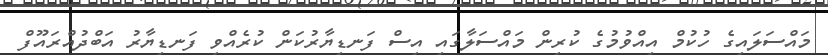
މައްސަލައިގެ ހުކުމް އިއްވުމުގެ ކުރިން މައްސަލާގައި އިސް ފަނޑިޔާރުކަން ކުރެއްވި ފަނޑިޔާރު އަބްދުއްރައޫފް